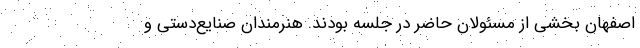
اصفهان بخشی از مسئولان حاضر در جلسه بودند. هنرمندان صنایع‌دستی و